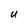
Character: U